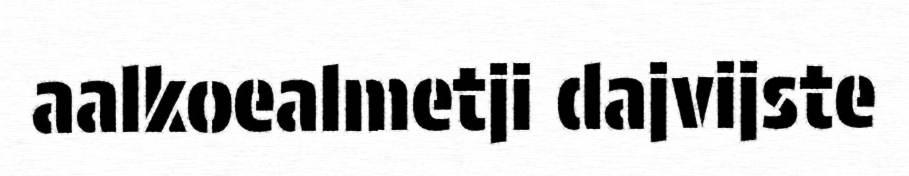
aalkoealmetji dajvijste